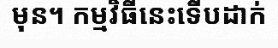
មុន។ កម្មវិធីនេះទើបដាក់